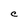
Character: C